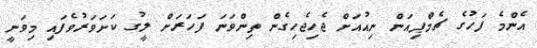
އެންމެ ފަހުގެ ޗެމްޕިއަން ނިއުއަށް ޖެހިޖެހިގެން ތިންވަނަ ފަހަރަށް ލީގު ކަށަވަރުވެފައި މިވަނީ